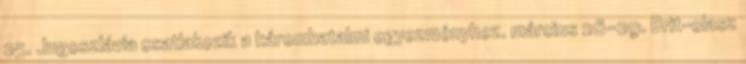
25. Jugoszlávia csatlakozik a háromhatalmi egyezményhez. március 26-29. Brit-olasz